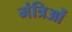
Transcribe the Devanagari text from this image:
मंत्रिओं